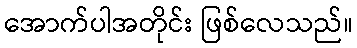
အောက်ပါအတိုင်း ဖြစ်လေသည်။